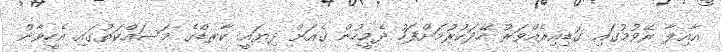
އާއިލާ ރޭވުމުގައި ގަޑިއިރެއްވަރު ހޭދަކުރުމަށްފަހު ދެމީހުން ގެއަށް ދިޔައީ ކާރޑްގެ މަސައްކަތުގައި އެހީވާން